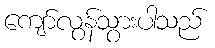
ကျော်လွန်သွားပါသည်